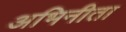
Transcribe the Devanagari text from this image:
अभिनीता